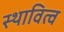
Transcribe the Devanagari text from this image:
स्थावित्व